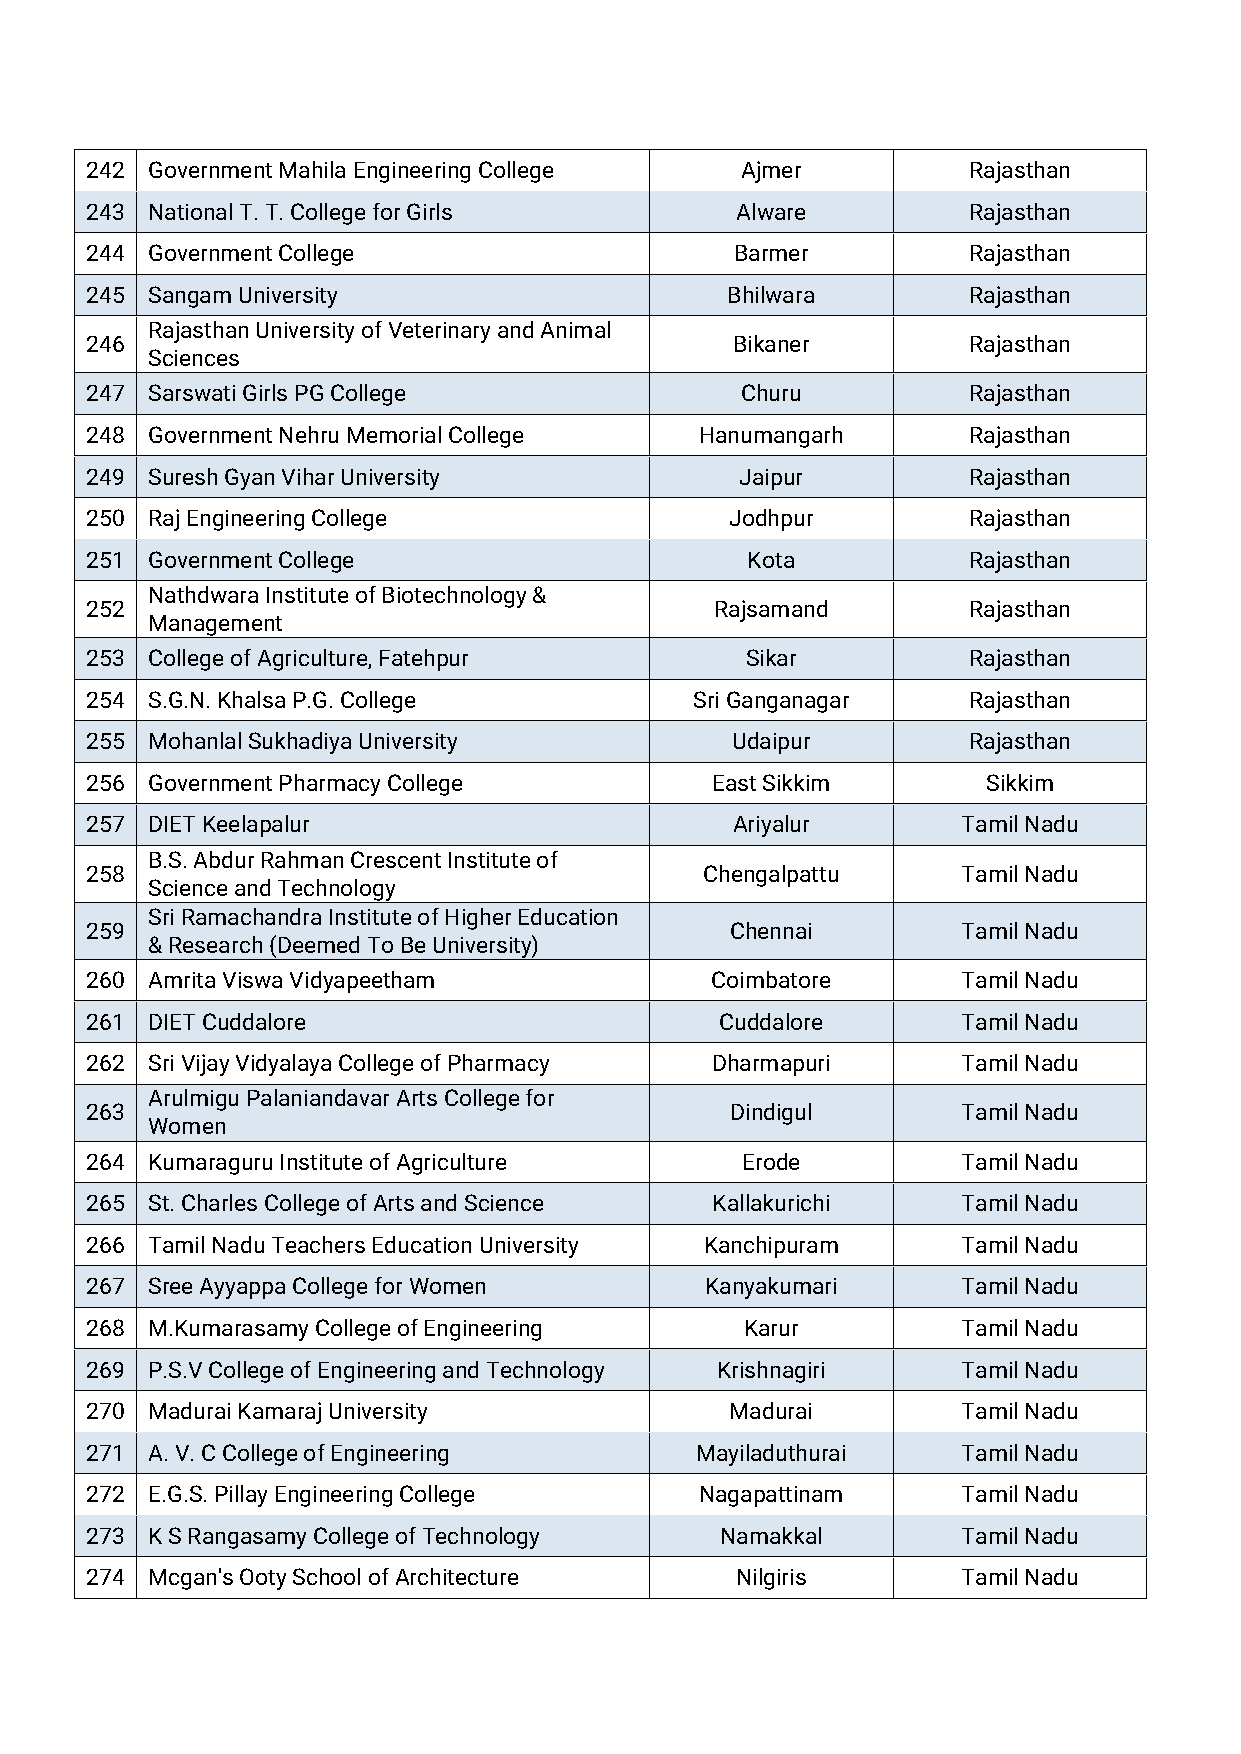
242 GovernmentMahilaEngineeringCollege     Ajmer          Rajasthan
 243 NationalT.T.CollegeforGirls            Alware         Rajasthan
 244 GovernmentCollege                      Barmer         Rajasthan
 245 SangamUniversity                      Bhilwara        Rajasthan
 RajasthanUniversityofVeterinaryandAnimal
 246                                       Bikaner         Rajasthan
 Sciences
 247 SarswatiGirlsPGCollege                 Churu          Rajasthan
 248 GovernmentNehruMemorialCollege      Hanumangarh       Rajasthan
 249 SureshGyanViharUniversity              Jaipur         Rajasthan
 250 RajEngineeringCollege                 Jodhpur         Rajasthan
 251 GovernmentCollege                      Kota           Rajasthan
 NathdwaraInstituteofBiotechnology&
 252                                      Rajsamand        Rajasthan
 Management
 253 CollegeofAgriculture,Fatehpur          Sikar          Rajasthan
 254 S.G.N.KhalsaP.G.College             SriGanganagar     Rajasthan
 255 MohanlalSukhadiyaUniversity           Udaipur         Rajasthan
 256 GovernmentPharmacyCollege            EastSikkim        Sikkim
 257 DIETKeelapalur                        Ariyalur        TamilNadu
 B.S.AbdurRahmanCrescentInstituteof
 258                                      Chengalpattu     TamilNadu
 ScienceandTechnology
 SriRamachandraInstituteofHigherEducation
 259                                       Chennai         TamilNadu
 &Research(DeemedToBeUniversity)
 260 AmritaViswaVidyapeetham              Coimbatore       TamilNadu
 261 DIETCuddalore                         Cuddalore       TamilNadu
 262 SriVijayVidyalayaCollegeofPharmacy   Dharmapuri       TamilNadu
 ArulmiguPalaniandavarArtsCollegefor
 263                                       Dindigul        TamilNadu
 Women
 264 KumaraguruInstituteofAgriculture       Erode          TamilNadu
 265 St.CharlesCollegeofArtsandScience    Kallakurichi     TamilNadu
 266 TamilNaduTeachersEducationUniversity Kanchipuram      TamilNadu
 267 SreeAyyappaCollegeforWomen           Kanyakumari      TamilNadu
 268 M.KumarasamyCollegeofEngineering       Karur          TamilNadu
 269 P.S.VCollegeofEngineeringandTechnology Krishnagiri    TamilNadu
 270 MaduraiKamarajUniversity              Madurai         TamilNadu
 271 A.V.CCollegeofEngineering           Mayiladuthurai    TamilNadu
 272 E.G.S.PillayEngineeringCollege      Nagapattinam      TamilNadu
 273 KSRangasamyCollegeofTechnology        Namakkal        TamilNadu
 274 Mcgan'sOotySchoolofArchitecture        Nilgiris       TamilNadu